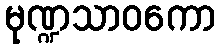
မုဏ္ဍသာဝကော